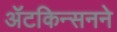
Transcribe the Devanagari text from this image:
ॲटकिन्सनने